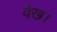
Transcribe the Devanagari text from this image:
वेख।